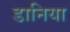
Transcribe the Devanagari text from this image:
डानिया